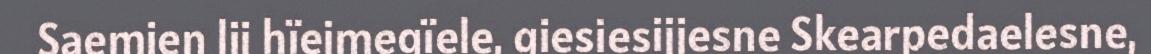
Saemien lij hïejmegïele, giesiesijjesne Skearpedaelesne,